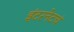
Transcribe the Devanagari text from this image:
इंटरनेटचं